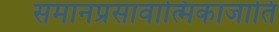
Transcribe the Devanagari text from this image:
समानप्रसावात्मिकाजाति